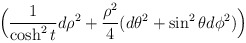
\begin{align*}\Big( {1 \over \cosh^2 t} d \rho^2 + {\rho^2 \over 4}(d\theta^2 + \sin^2\theta d\phi^2)\Big)\end{align*}